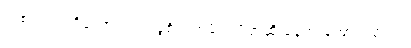
တစ်လမ်းပဲရှိတော့တယ်၊ ခွဲစိတ်ကုဖို့ပဲ၊ ပိတ်ဆို့ နေတဲ့ အောက်နားက